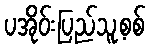
ပအိုဝ်းပြည်သူ့စစ်